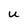
Character: U